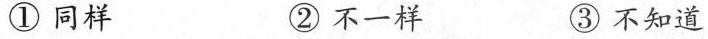
① 同样 ② 不一样 ③ 不知道